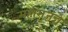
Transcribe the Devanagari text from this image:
महाराजन्चे